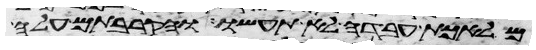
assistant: מלאכת עבדה לא תעשו והקרבתם עלה